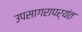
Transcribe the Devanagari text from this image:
उपसागरापर्यंत